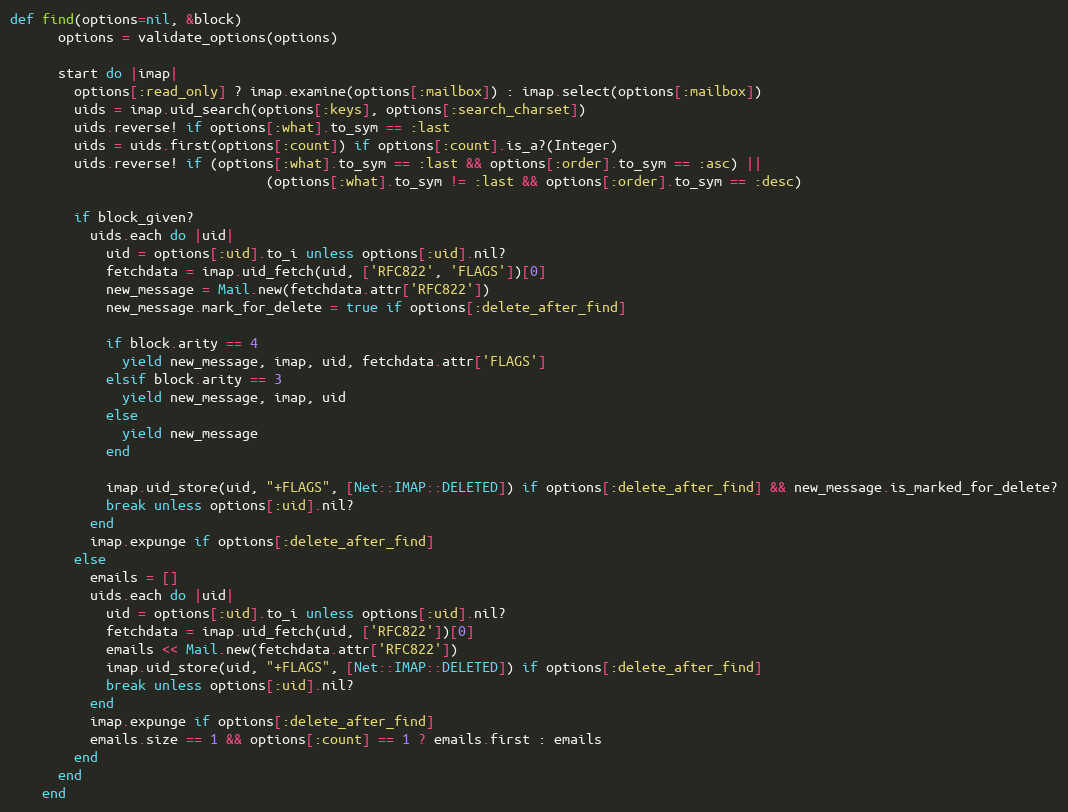
Language: Ruby
def find(options=nil, &block)
      options = validate_options(options)

      start do |imap|
        options[:read_only] ? imap.examine(options[:mailbox]) : imap.select(options[:mailbox])
        uids = imap.uid_search(options[:keys], options[:search_charset])
        uids.reverse! if options[:what].to_sym == :last
        uids = uids.first(options[:count]) if options[:count].is_a?(Integer)
        uids.reverse! if (options[:what].to_sym == :last && options[:order].to_sym == :asc) ||
                                (options[:what].to_sym != :last && options[:order].to_sym == :desc)

        if block_given?
          uids.each do |uid|
            uid = options[:uid].to_i unless options[:uid].nil?
            fetchdata = imap.uid_fetch(uid, ['RFC822', 'FLAGS'])[0]
            new_message = Mail.new(fetchdata.attr['RFC822'])
            new_message.mark_for_delete = true if options[:delete_after_find]

            if block.arity == 4
              yield new_message, imap, uid, fetchdata.attr['FLAGS']
            elsif block.arity == 3
              yield new_message, imap, uid
            else
              yield new_message
            end

            imap.uid_store(uid, "+FLAGS", [Net::IMAP::DELETED]) if options[:delete_after_find] && new_message.is_marked_for_delete?
            break unless options[:uid].nil?
          end
          imap.expunge if options[:delete_after_find]
        else
          emails = []
          uids.each do |uid|
            uid = options[:uid].to_i unless options[:uid].nil?
            fetchdata = imap.uid_fetch(uid, ['RFC822'])[0]
            emails << Mail.new(fetchdata.attr['RFC822'])
            imap.uid_store(uid, "+FLAGS", [Net::IMAP::DELETED]) if options[:delete_after_find]
            break unless options[:uid].nil?
          end
          imap.expunge if options[:delete_after_find]
          emails.size == 1 && options[:count] == 1 ? emails.first : emails
        end
      end
    end